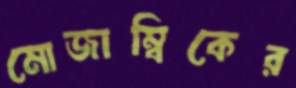
মোজাম্বিকের